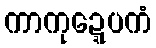
ကာကုဍ္ဍေပကံ